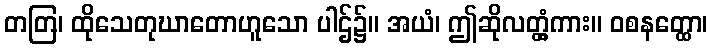
တတြ၊ ထိုသေတုဃာတောဟူသော ပါဌ်၌။ အယံ၊ ဤဆိုလတ္တံ့ကား။ ဝစနတ္ထော၊